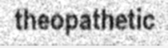
theopathetic